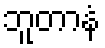
ဘူတာနံ